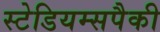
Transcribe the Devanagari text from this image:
स्टेडियम्सपैकी